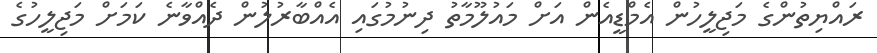
ރައްޔިތުންގެ މަޖިލީހުން އެމްޑީއެން އަށް މައުލޫމާތު ދިނުމުގައި އެއްބާރުލުން ދެއްވާނެ ކަމަށް މަޖިލީހުގެ